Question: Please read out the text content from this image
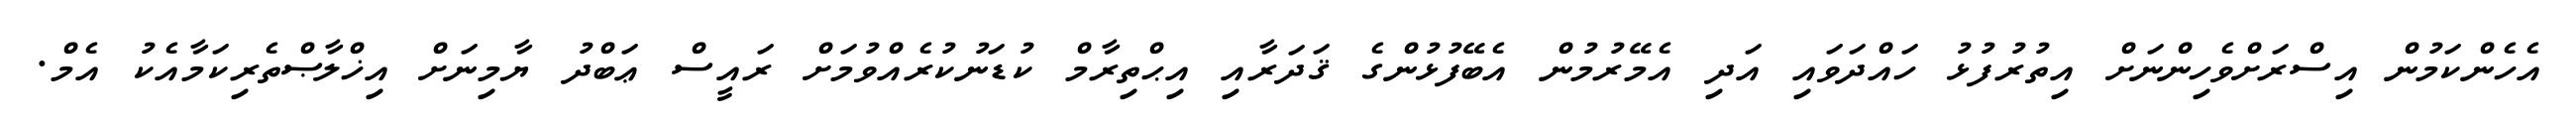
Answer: އެހެންކަމުން އިސްރަށްވެހިންނަށް އިތުރުފުޅު ހައްދަވައި އަދި އެމޭރުމުން އެބޭފުޅުންގެ ޤަދަރާއި އިޙްތިރާމް ކުޑަނުކުރެއްވުމަށް ރައީސް ޢަބްދު ޔާމިނަށް އިޚްލާޞްތެރިކަމާއެކު އެމް.